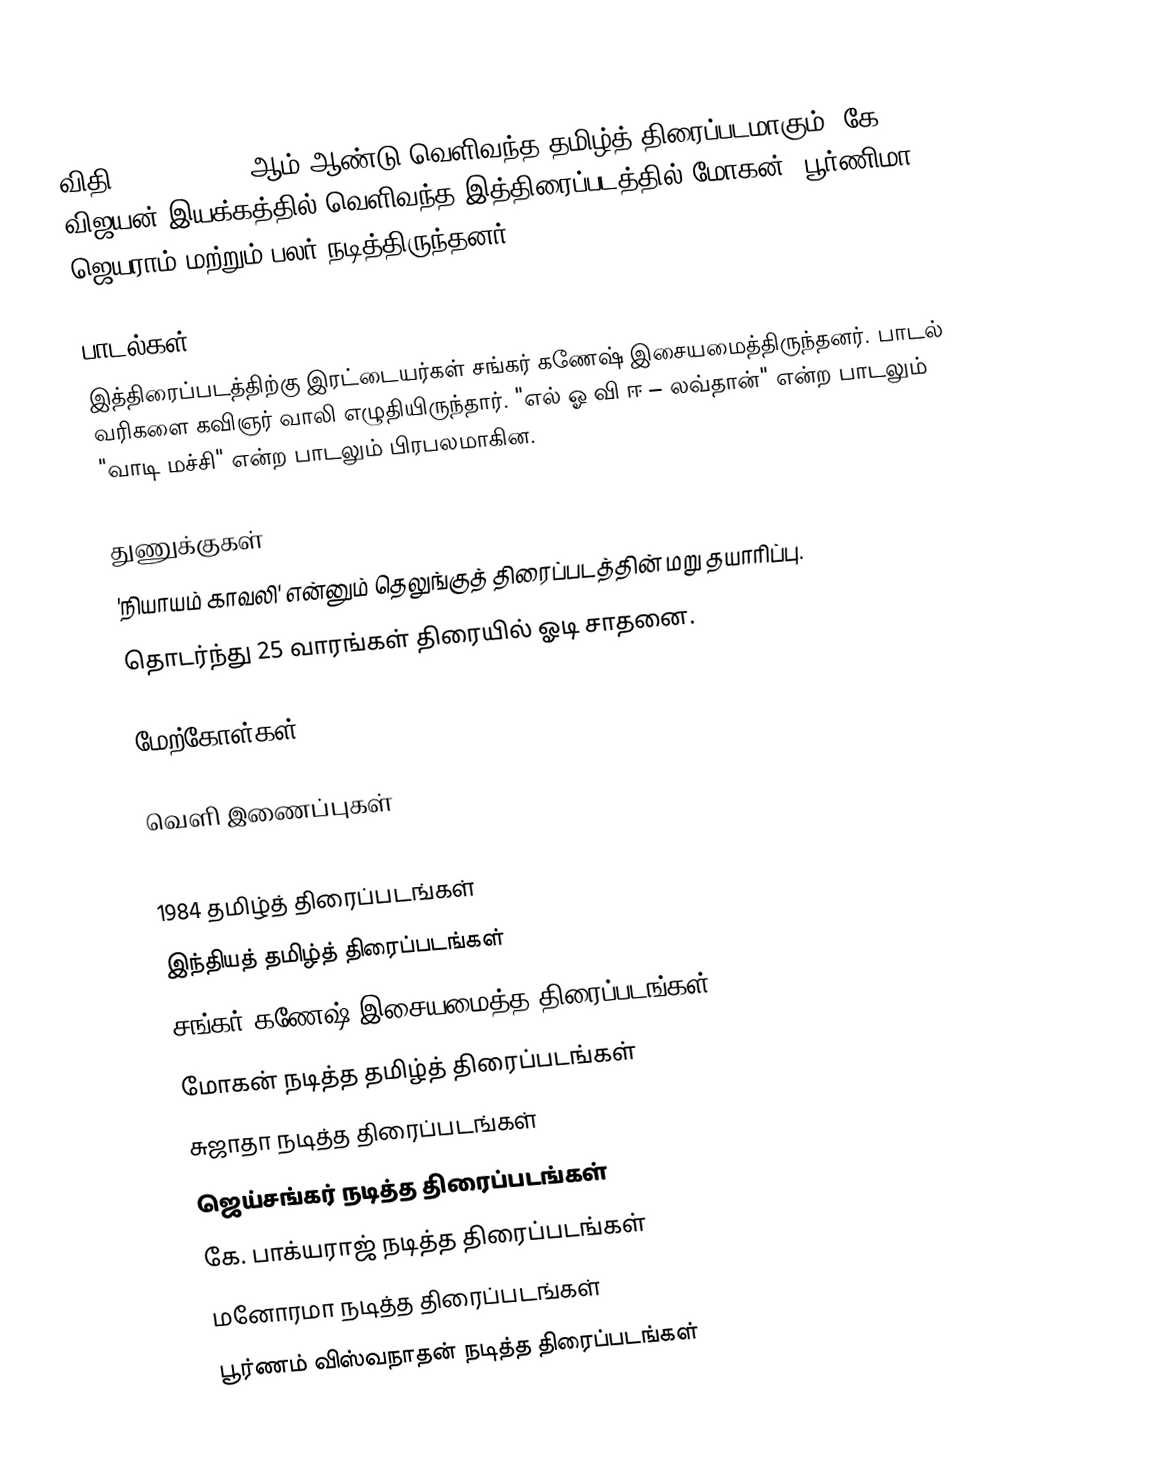
விதி (Vidhi) 1984 ஆம் ஆண்டு வெளிவந்த தமிழ்த் திரைப்படமாகும். கே. விஜயன் இயக்கத்தில் வெளிவந்த இத்திரைப்படத்தில் மோகன், பூர்ணிமா ஜெயராம் மற்றும் பலர் நடித்திருந்தனர்.

பாடல்கள்
இத்திரைப்படத்திற்கு இரட்டையர்கள் சங்கர் கணேஷ் இசையமைத்திருந்தனர். பாடல் வரிகளை கவிஞர் வாலி எழுதியிருந்தார். "எல் ஓ வி ஈ – லவ்தான்" என்ற பாடலும் "வாடி மச்சி" என்ற பாடலும் பிரபலமாகின.

துணுக்குகள்
'நியாயம் காவலி' என்னும் தெலுங்குத் திரைப்படத்தின் மறு தயாரிப்பு.
தொடர்ந்து 25 வாரங்கள் திரையில் ஓடி சாதனை.

மேற்கோள்கள்

வெளி இணைப்புகள்

1984 தமிழ்த் திரைப்படங்கள்
இந்தியத் தமிழ்த் திரைப்படங்கள்
சங்கர் கணேஷ் இசையமைத்த திரைப்படங்கள்
மோகன் நடித்த தமிழ்த் திரைப்படங்கள்
சுஜாதா நடித்த திரைப்படங்கள்
ஜெய்சங்கர் நடித்த திரைப்படங்கள்
கே. பாக்யராஜ் நடித்த திரைப்படங்கள்
மனோரமா நடித்த திரைப்படங்கள்
பூர்ணம் விஸ்வநாதன் நடித்த திரைப்படங்கள்